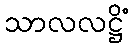
သာလလဋ္ဌိံ